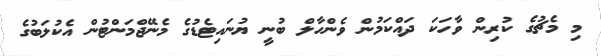
މި މެޗުގެ ކުރިން ވާހަކަ ދައްކަމުން ވެންހާލް ބުނީ ޔުނައިޓެޑުގެ މެނޭޖްމަންޓުން އެކުލަބުގެ